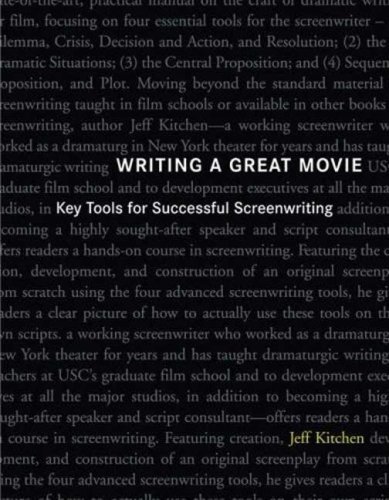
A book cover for Writing a Great Movie: Key Tools for Successful Screenwriting; Jeff Kitchen; Humor & Entertainment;